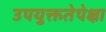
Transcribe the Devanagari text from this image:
उपयुक्ततेपेक्षा